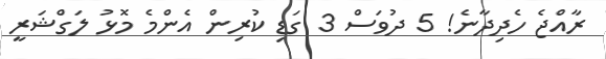
ރާއްޖެ ހެދިދާނެ! 5 ދުވަސް 3 ގަޑި ކުރިން އެންމެ މޮޅު ލަގްޝަރީ